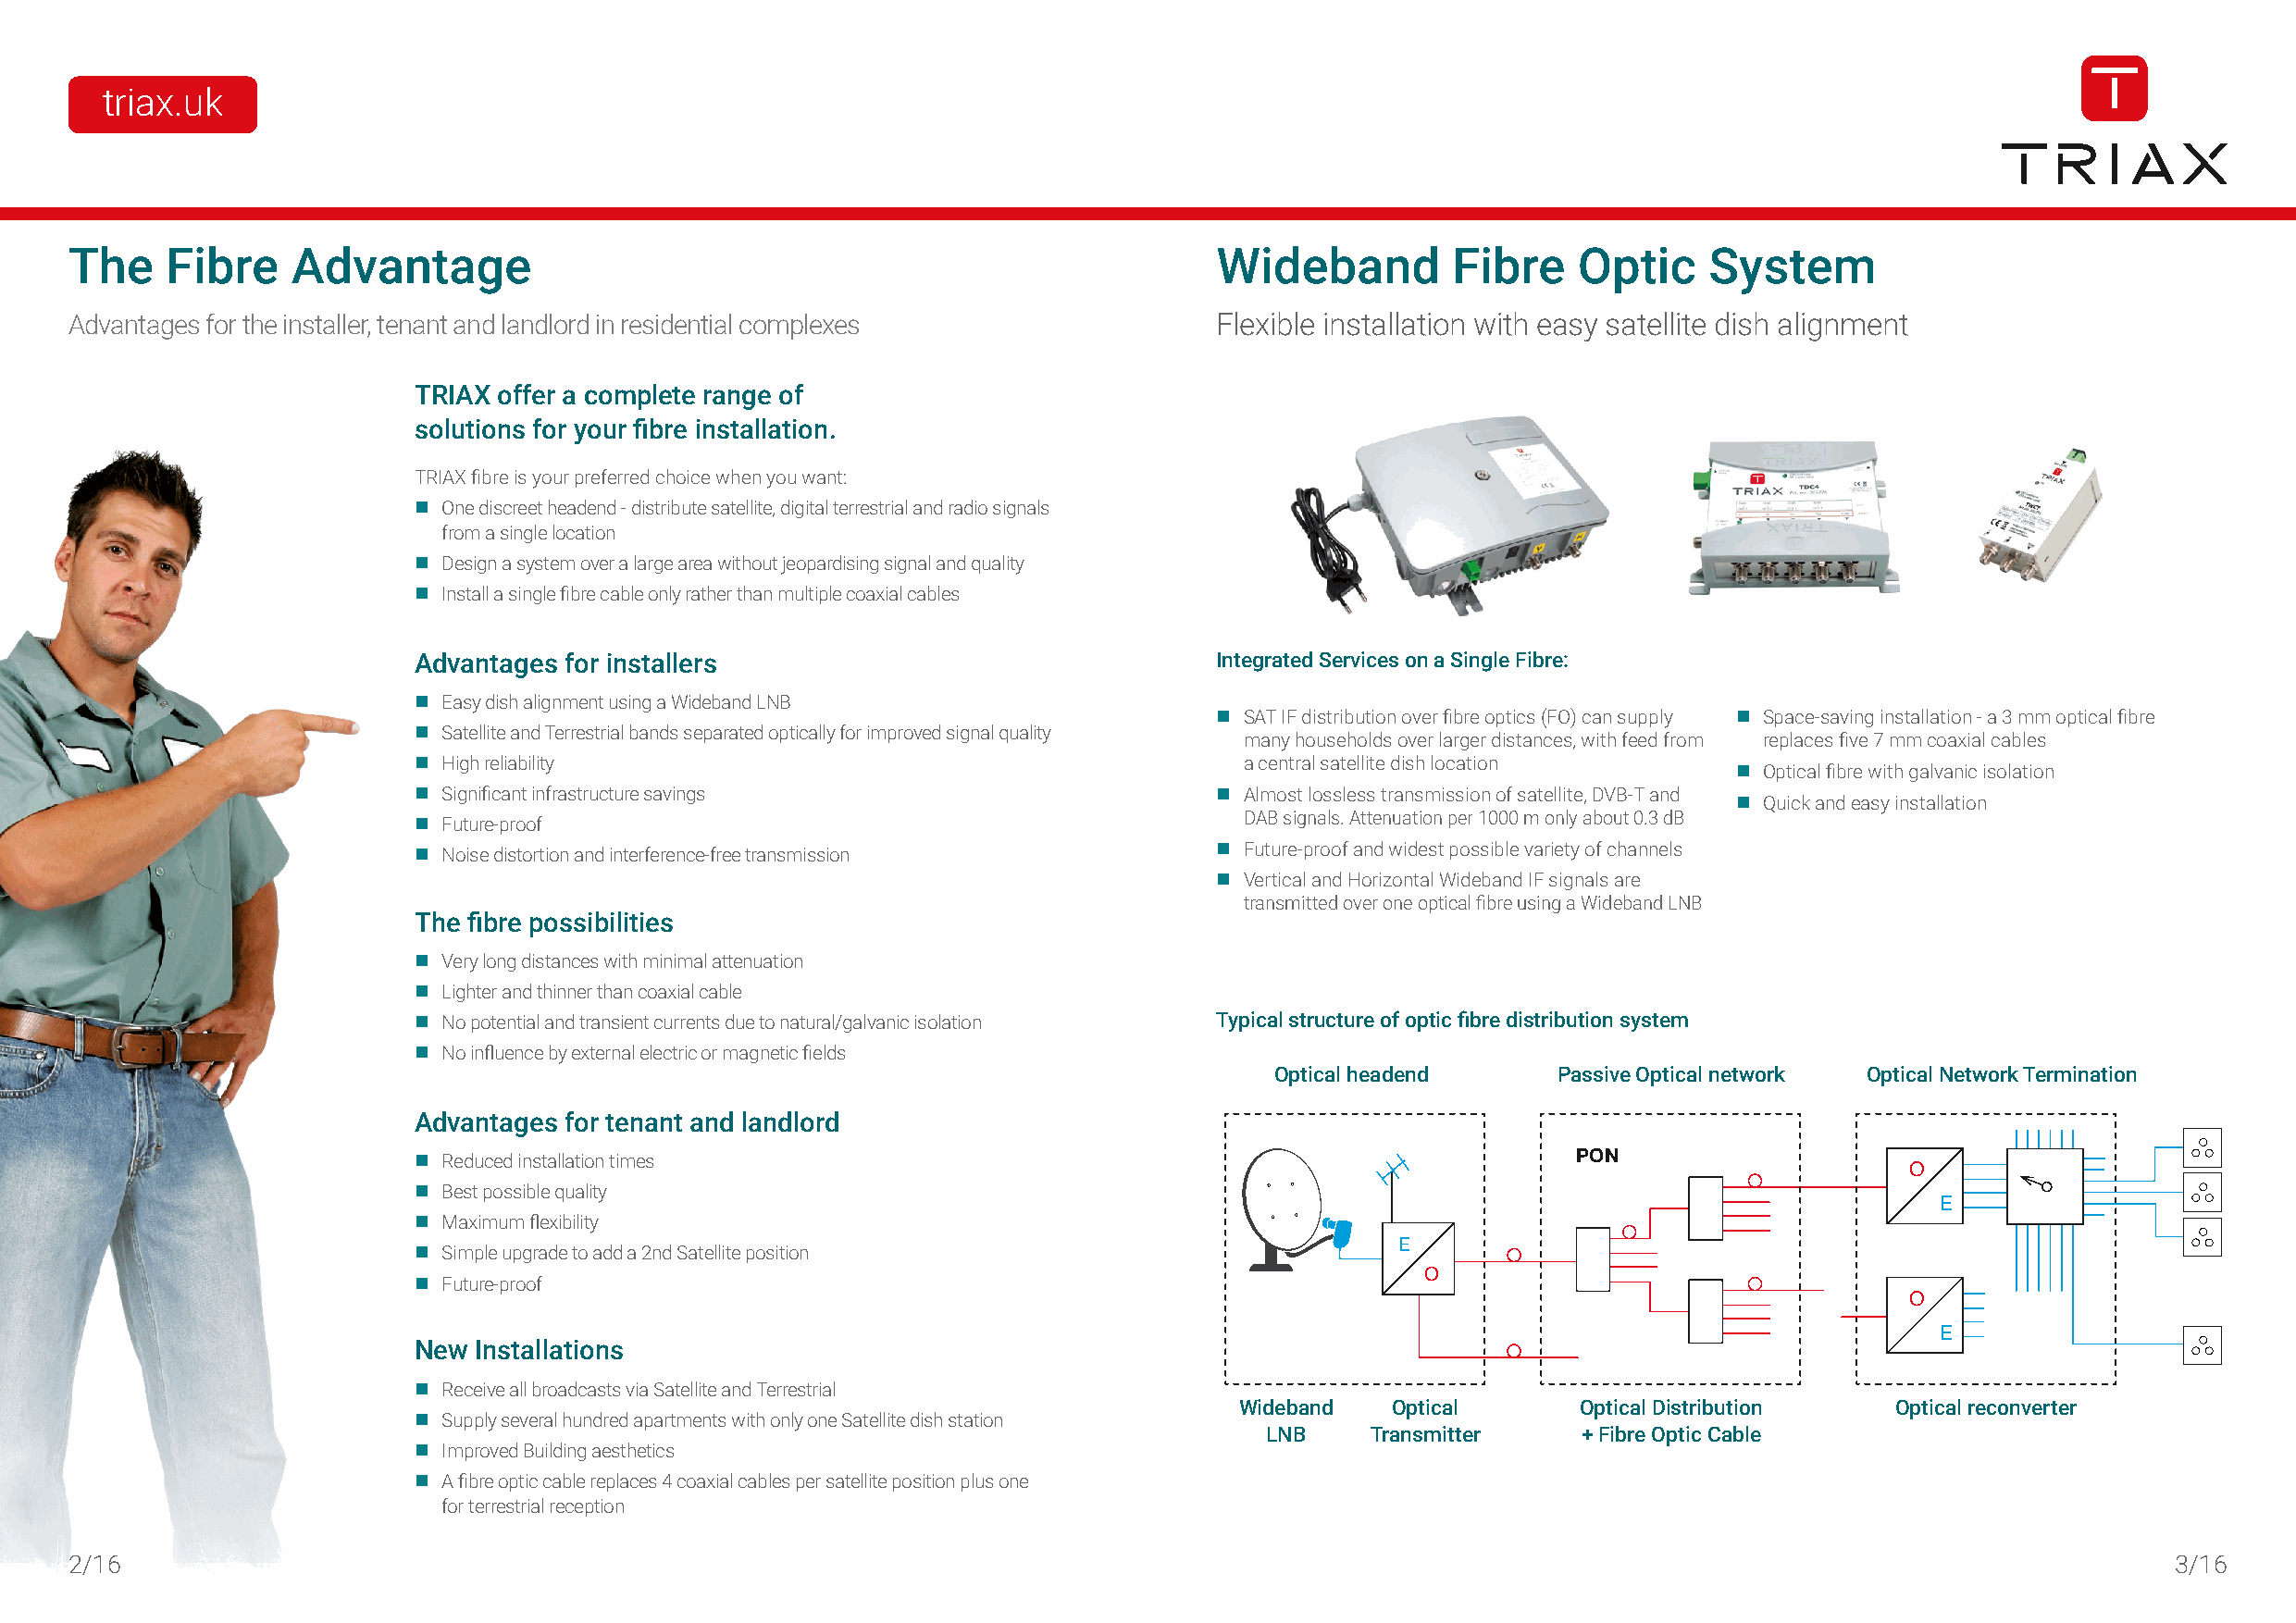
triax.uk
 The    Fibre    Advantage                                                         Wideband         Fibre    Optic    System
 Advantages for the installer, tenant and landlord in residential complexes        Flexible installation with easy satellite dish alignment
 TRIAX offer a complete range of
 solutions for your fibre installation.
 TRIAX fibre is your preferred choice when you want:
  One discreet headend - distribute satellite, digital terrestrial and radio signals
 from a single location
  Design a system over a large area without jeopardising signal and quality
  Install a single fibre cable only rather than multiple coaxial cables
 Advantages for installers                                Integrated Services on a Single Fibre:
  Easy dish alignment using a Wideband LNB
  SAT IF distribution over fibre optics (FO) can supply  Space-saving installation - a 3 mm optical fibre
  Satellite and Terrestrial bands separated optically for improved signal quality
 many households over larger distances, with feed from replaces five 7 mm coaxial cables
  High reliability                                         a central satellite dish location
  Optical fibre with galvanic isolation
  Significant infrastructure savings                      Almost lossless transmission of satellite, DVB-T and
  Quick and easy installation
  Future-proof                                             DAB signals. Attenuation per 1000 m only about 0.3 dB
  Noise distortion and interference-free transmission     Future-proof and widest possible variety of channels
  Vertical and Horizontal Wideband IF signals are
 transmitted over one optical fibre using a Wideband LNB
 The fibre possibilities
  Very long distances with minimal attenuation
  Lighter and thinner than coaxial cable
  No potential and transient currents due to natural/galvanic isolation Typical structure of optic fibre distribution system
  No influence by external electric or magnetic fields
 Optical headend     Passive Optical network Optical Network Termination
 Advantages for tenant and landlord
  Reduced installation times                                                       PON
 O
  Best possible quality
 E
  Maximum flexibility
 E
  Simple upgrade to add a 2nd Satellite position
 O
  Future-proof
 O
 E
 New Installations
  Receive all broadcasts via Satellite and Terrestrial
 Wideband   Optical      Optical Distribution   Optical reconverter
  Supply several hundred apartments with only one Satellite dish station
 LNB    Transmitter    + Fibre Optic Cable
  Improved Building aesthetics
  A fibre optic cable replaces 4 coaxial cables per satellite position plus one
 for terrestrial reception
 2/16                                                                                                                                                   3/16